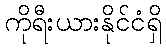
ကိုရီးယားနိုင်ငံရှိ